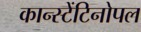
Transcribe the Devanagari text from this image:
कान्स्टेंटिनोपल